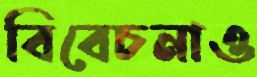
বিবেচনাও